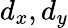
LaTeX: d_{x},d_{y}